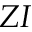
Z I